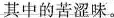
其中的苦涩味。